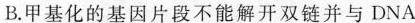
B.甲基化的基因片段不能解开双链并与DNA